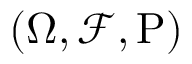
\textstyle ( \Omega , { \mathcal { F } } , \operatorname { P } )